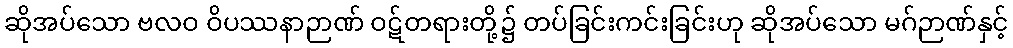
ဆိုအပ်သော ဗလဝ ဝိပဿနာဉာဏ် ဝဋ်တရားတို့၌ တပ်ခြင်းကင်းခြင်းဟု ဆိုအပ်သော မဂ်ဉာဏ်နှင့်